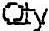
QTY